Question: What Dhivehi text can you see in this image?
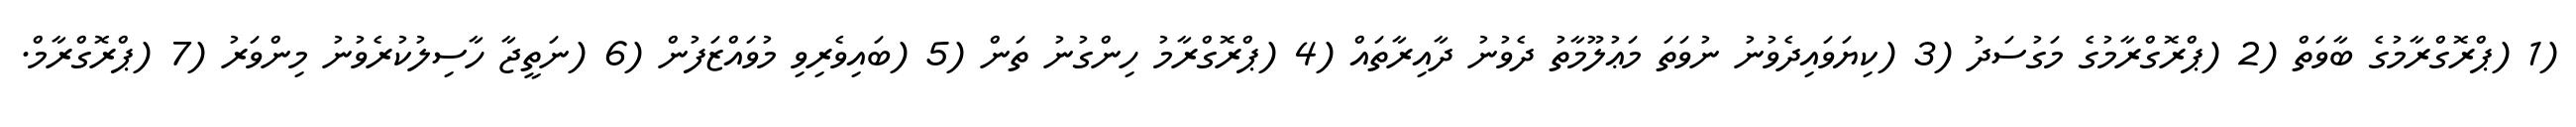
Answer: (1 (ޕްރޮގްރާމުގެ ބާވަތް (2 (ޕްރޮގްރާމުގެ މަގުސަދު (3 (ކިޔަވައިދެވުނު ނުވަތަ މަޢުލޫމާތު ދެވުނު ދާއިރާތައް (4 (ޕްރޮގްރާމު ހިންގުނު ތަން (5 (ބައިވެރިވި މުވައްޒަފުން (6 (ނަތީޖާ ހާސިލުކުރެވުނު މިންވަރު (7 (ޕްރޮގްރާމް.